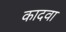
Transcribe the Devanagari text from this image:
कादवा